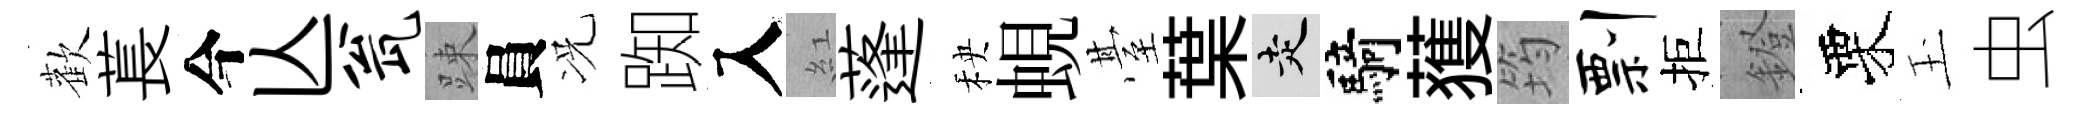
歡萇今亾瓮踈員况踟入紅蓬秧蜆䑓葉走騎𫉬筠剽拒鐙栗玉虫